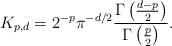
\begin{align*}K_{p,d} = 2^{-p}\pi^{-d/2}\frac{\Gamma\left(\frac{d-p}{2}\right)}{\Gamma\left(\frac{p}{2}\right)}.\end{align*}